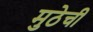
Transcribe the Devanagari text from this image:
मुठेची